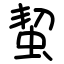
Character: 蛪